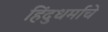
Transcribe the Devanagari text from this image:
हिंदुधर्माचे